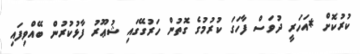
ކުރުކޮށް *އަހަރީ ދުވަސް ފާހަގަ ކުރުމުގެ ގޮތުން ހަރުގޭގައި ޝުޢޫރު ފާޅުކުރުން ބޭއްވިފައި